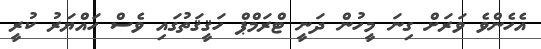
އެހެންވެ ވަރަށް ގިނަ މީހުން ދަނީ ޓްރަމްޕް ހަޤީޤަތުގައި ވެސް ހައްޔަރު ކުރީ